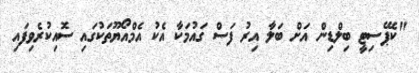
"ކެޕޭސިޓީ ބިލްޑިން އަށް ބަލާ އިރު ފަސް ގައުމަކާ އެކު އެމްއޯޔޫތަކުގައި ސޮއިކުރެވިފައި